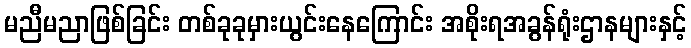
မညီမညာဖြစ်ခြင်း တစ်ခုခုမှားယွင်းနေကြောင်း အစိုးရအခွန်ရုံးဌာနများနှင့်